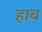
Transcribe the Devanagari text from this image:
हाब